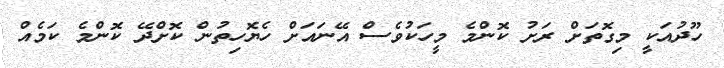
ހޫދުއަކީ މިގޮތަށް ރަށު ކޮންމެ މީހަކުވެސް އޭނައަށް ހެޔޮހިތުން ކޮށްދޭ ކޮންމެ ކަމެއް